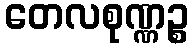
တေလစုဏ္ဏဉ္စ